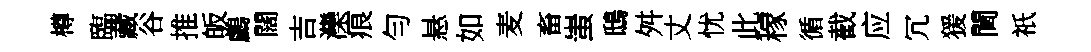
樽臨藏谷推皈鸕闊吉灤痕勻悬如麦畜蚩鴟舛丈忧此稼循截应冗猨閫祇